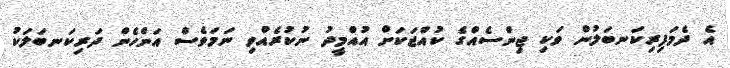
އެ ދެމަފިރިކަނބަލުން ވަކި ޖިންސެއްގެ ކުއްޖަކަށް އުއްމީދު ނުކުރެއްވި ނަމަވެސް އަންހެން ދަރިކަނބަލަކު